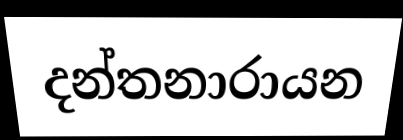
දන්තනාරායන